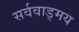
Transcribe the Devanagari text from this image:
सर्ववाड्मय